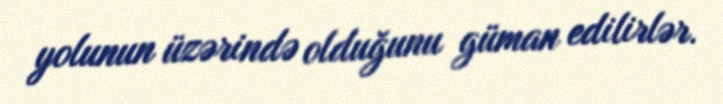
yolunun üzərində olduğunu güman edilirlər.